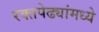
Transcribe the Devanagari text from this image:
रक्तपेढ्यांमध्ये